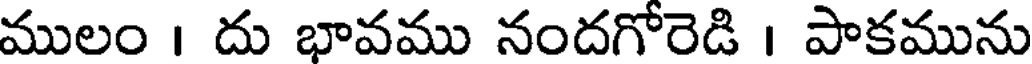
ములం । దు భావము నందగోరెడి । పాకమును